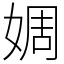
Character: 婤